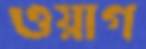
ওয়াগ